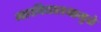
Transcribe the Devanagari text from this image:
महाविद्यालयामुळे